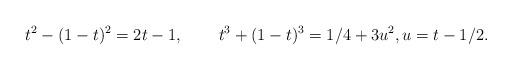
LaTeX: \begin{align*}&t^2-(1-t)^2 =2t-1,&t^3+(1-t)^3= 1/4 +3u^2,u=t-1/2.\end{align*}